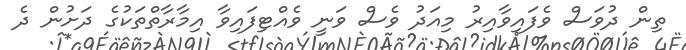
ތިން ދުވަސް ވެފައިވާއިރު މިއަދު ވެސް ވަނީ ވެއްޓިފައިވާ އިމާރާތްތަކުގެ ދަށުން ދެ